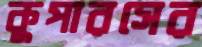
কুপারসের